Kassari_(Keina)_vallavalitsus, lk 41
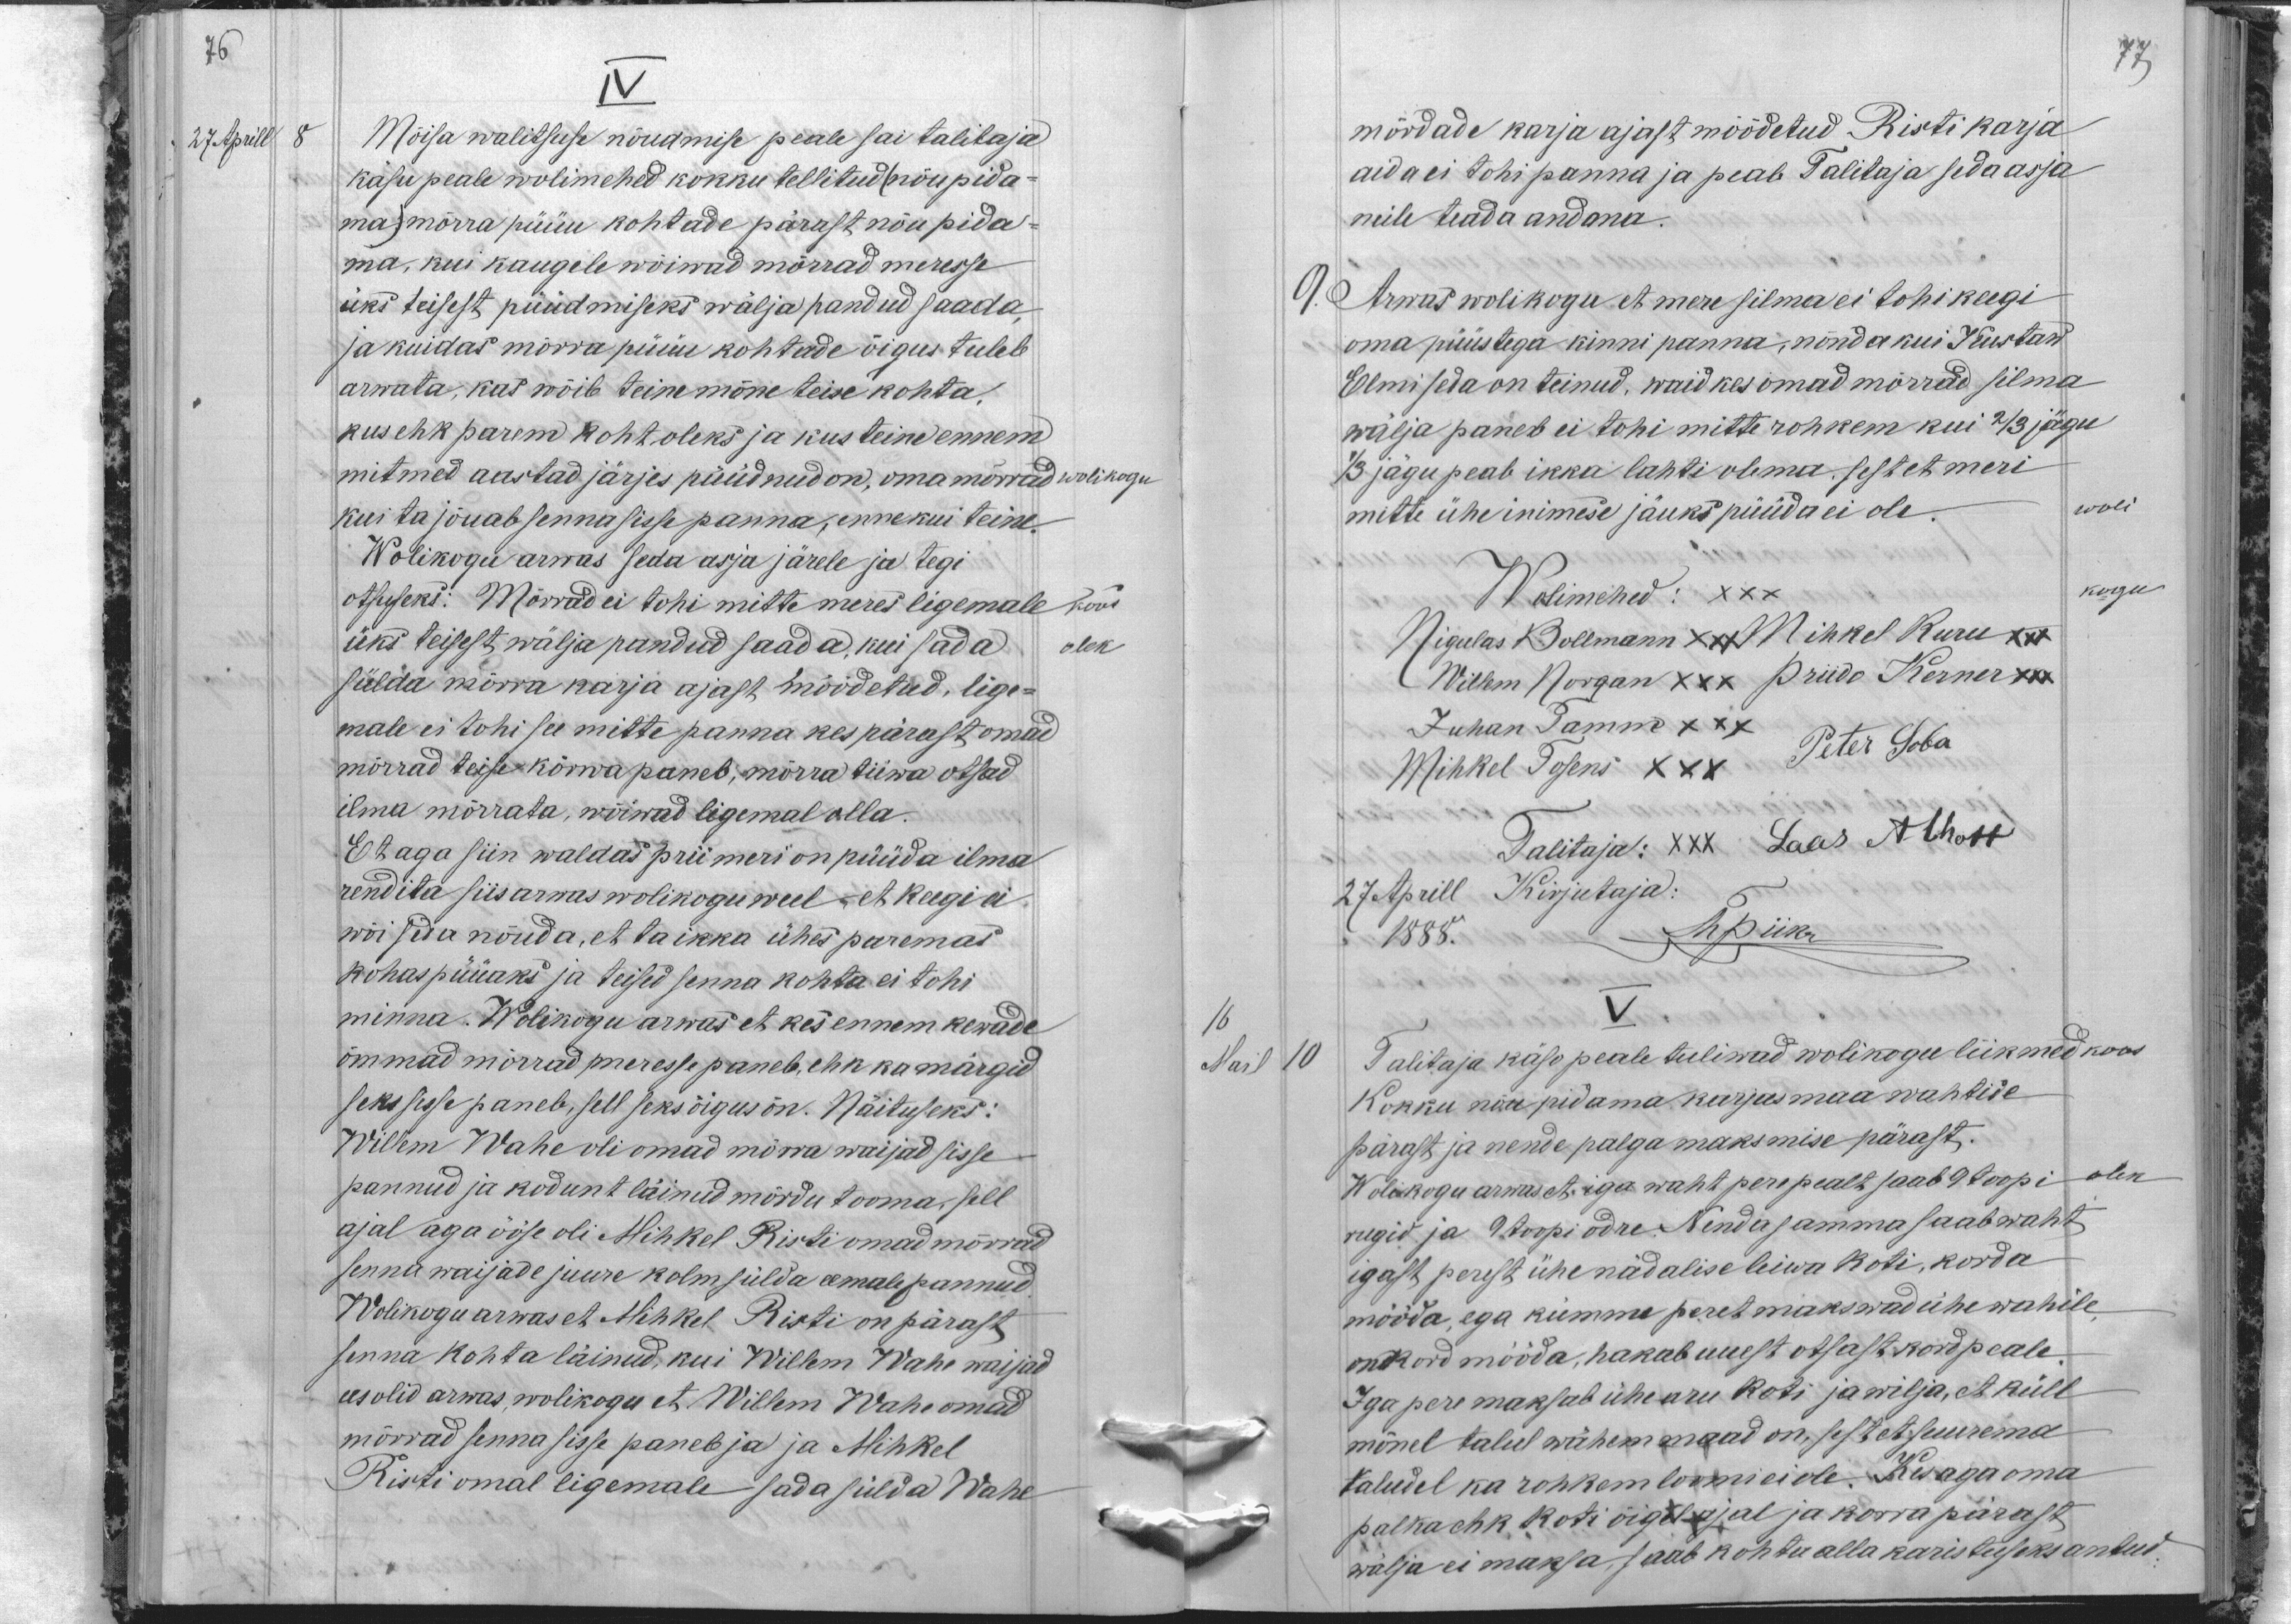
76
IV
27 Aprill
8
Mõisa walitsuse nõudmise peale sai talitaja
käsu peale wolimehed kokku tellitud (nõupida-
ma ) mõrra püüu kohtade pärast nõu pida-
ma kui kaugele wõiwad mõrrad meresse
üks teisest püüdmiseks wälja pandud saada,
ja kuidas mõrra püüu kohtade õigus tuleb
arwata, kas wõib teine mõne teise kohta,
kus ehk parem koht oleks ja kus teine ennem
mitmed aastad järjes püüdnud on, oma mõrrad
wolikogu
kui ta jõuab senna sisse panna, enne kui teine.
Wolikogu armas seda asja järele ja tegi
otsuseks: Mõrrad ei tohi mitte meres ligemale
koos
üks teisest wäljapandud saada, kui sada
olek
sülda mõrra karja ajast mõõdetud, lige-
male ei tohi see mitte panna kes pärast omad
mõrrad teise kõrwa paneb, mõrra tiiwa otsad
ilma mõrrata, wõiwad ligemal olla.
Et aga siin waldas prii meri on püüda ilma
rendita siis arwas wolikogu weel, et keegi ei
wõi seda nõuda, et ta ikka ühes paremas
kohas püüaks ja teised senna kohta ei tohi
minna. Wolikogu arwas et kes ennem kewade
ommad mõrrad meresse paneb, ehk ka märgid
seks sisse paneb, sell seks õigus on. Näituseks:
Willem Wahe oli omad mõrra waijad sisse
pannud ja kodunt läinud mõrdu tooma, sell
ajal aga ööse oli Mihkel Risti omad mõrrad
senna waijade juure kolm sülda eemale pannud.
Wolikogu arwas et Mihkel Risti on pärast
senna kohta läinud, kui Willem Wahe waijad
ees olid arwas wolikogu et Willem Wahe omad
mõrrad senna sisse paneb ja ja Mihkel
Risti omal ligemale sada sülda Wahe

77
mõrdade karja ajast mõõdetud Risti karja
aida ei tohi panna ja peab Talitaja seda asja
neile teada andma.
9. Arwas wolikogu et mere silma ei tohi keegi
oma püüstega kinni panna, nõnda kui Kustaw
Elmi seda on teinud, waid kes omad mõrrad silma
wälja paneb ei tohi mitte rohkem kui 2/3 jägu
1/3 jagu peab ikka lahti olema sest et meri
mitte ühe inimese jäuks püüda ei ole.
woli
Wolimehed XXX
kogu
Nigulas Bollmann XXX Mihkel Kuru xxx
Willem Norgan xxx Priido Kerner xxx
Juhan Tamm XXX
Mihkel Tosens XXX
Peter Soba
Talitaja: XXX Laas Alhoff
27. Aprill Kirjutaja
1888
ThPiik
16
V
Mail 10
Talitaja käso peale tuliwad wolikogu liikmed
koos
Kokku nõu pidama karjus maa wahtide
pärast ja nende palga maksmise pärast.
Wolikogu arwas et, iga waht pere pealt saab 9 toopi
olek
rugid ja 9 toopi odre. Nenda samma saab waht
igast, perest ühe nädalise leiwa koti, korda
mööda, ega kümme peret makswad ühe wahile,
oma kord mööda, hakab uuest otsast kord peale,
Iga pere maksab ühe aru koti ja wilja, et küll
mõnel talul wähem maad on, sest et suurema
taludel ka rohkem loomi ei ole. Kes aga oma
palka ehk koti õigel ajal ja korra pärast
wälja ei maksa saab kohtu alla karistuseks antud.